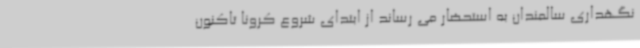
نگهداری سالمندان به استحضار می رساند از ابتدای شروع کرونا تاکنون